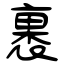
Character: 裹